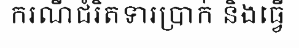
ករណីជំរិតទារប្រាក់ និងធ្វើ